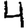
Digit: 4